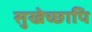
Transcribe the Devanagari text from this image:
सुखेच्छापि